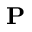
\mathbf { P }